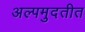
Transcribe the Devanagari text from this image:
अल्पमुदतीत